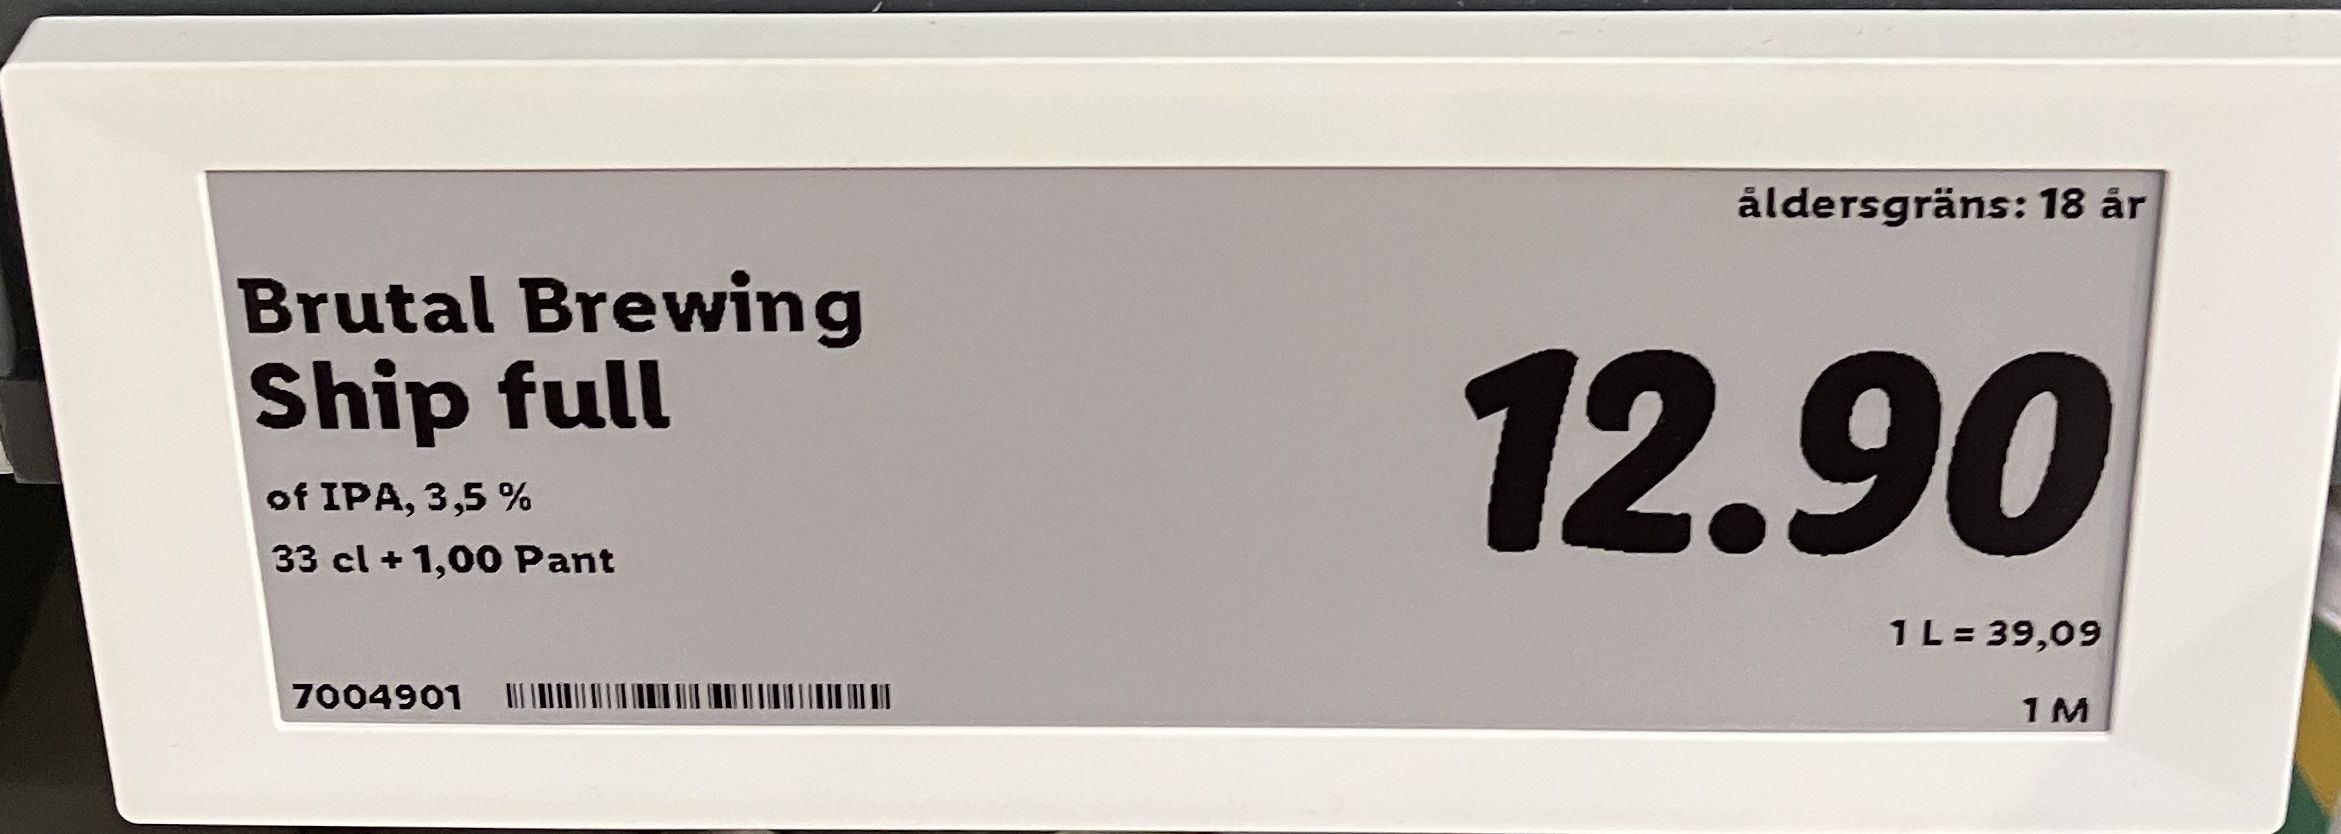
Vara: Ship full
Genomsnittspris: 39.09 per L